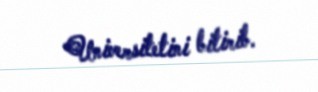
Universitetini bitirib.